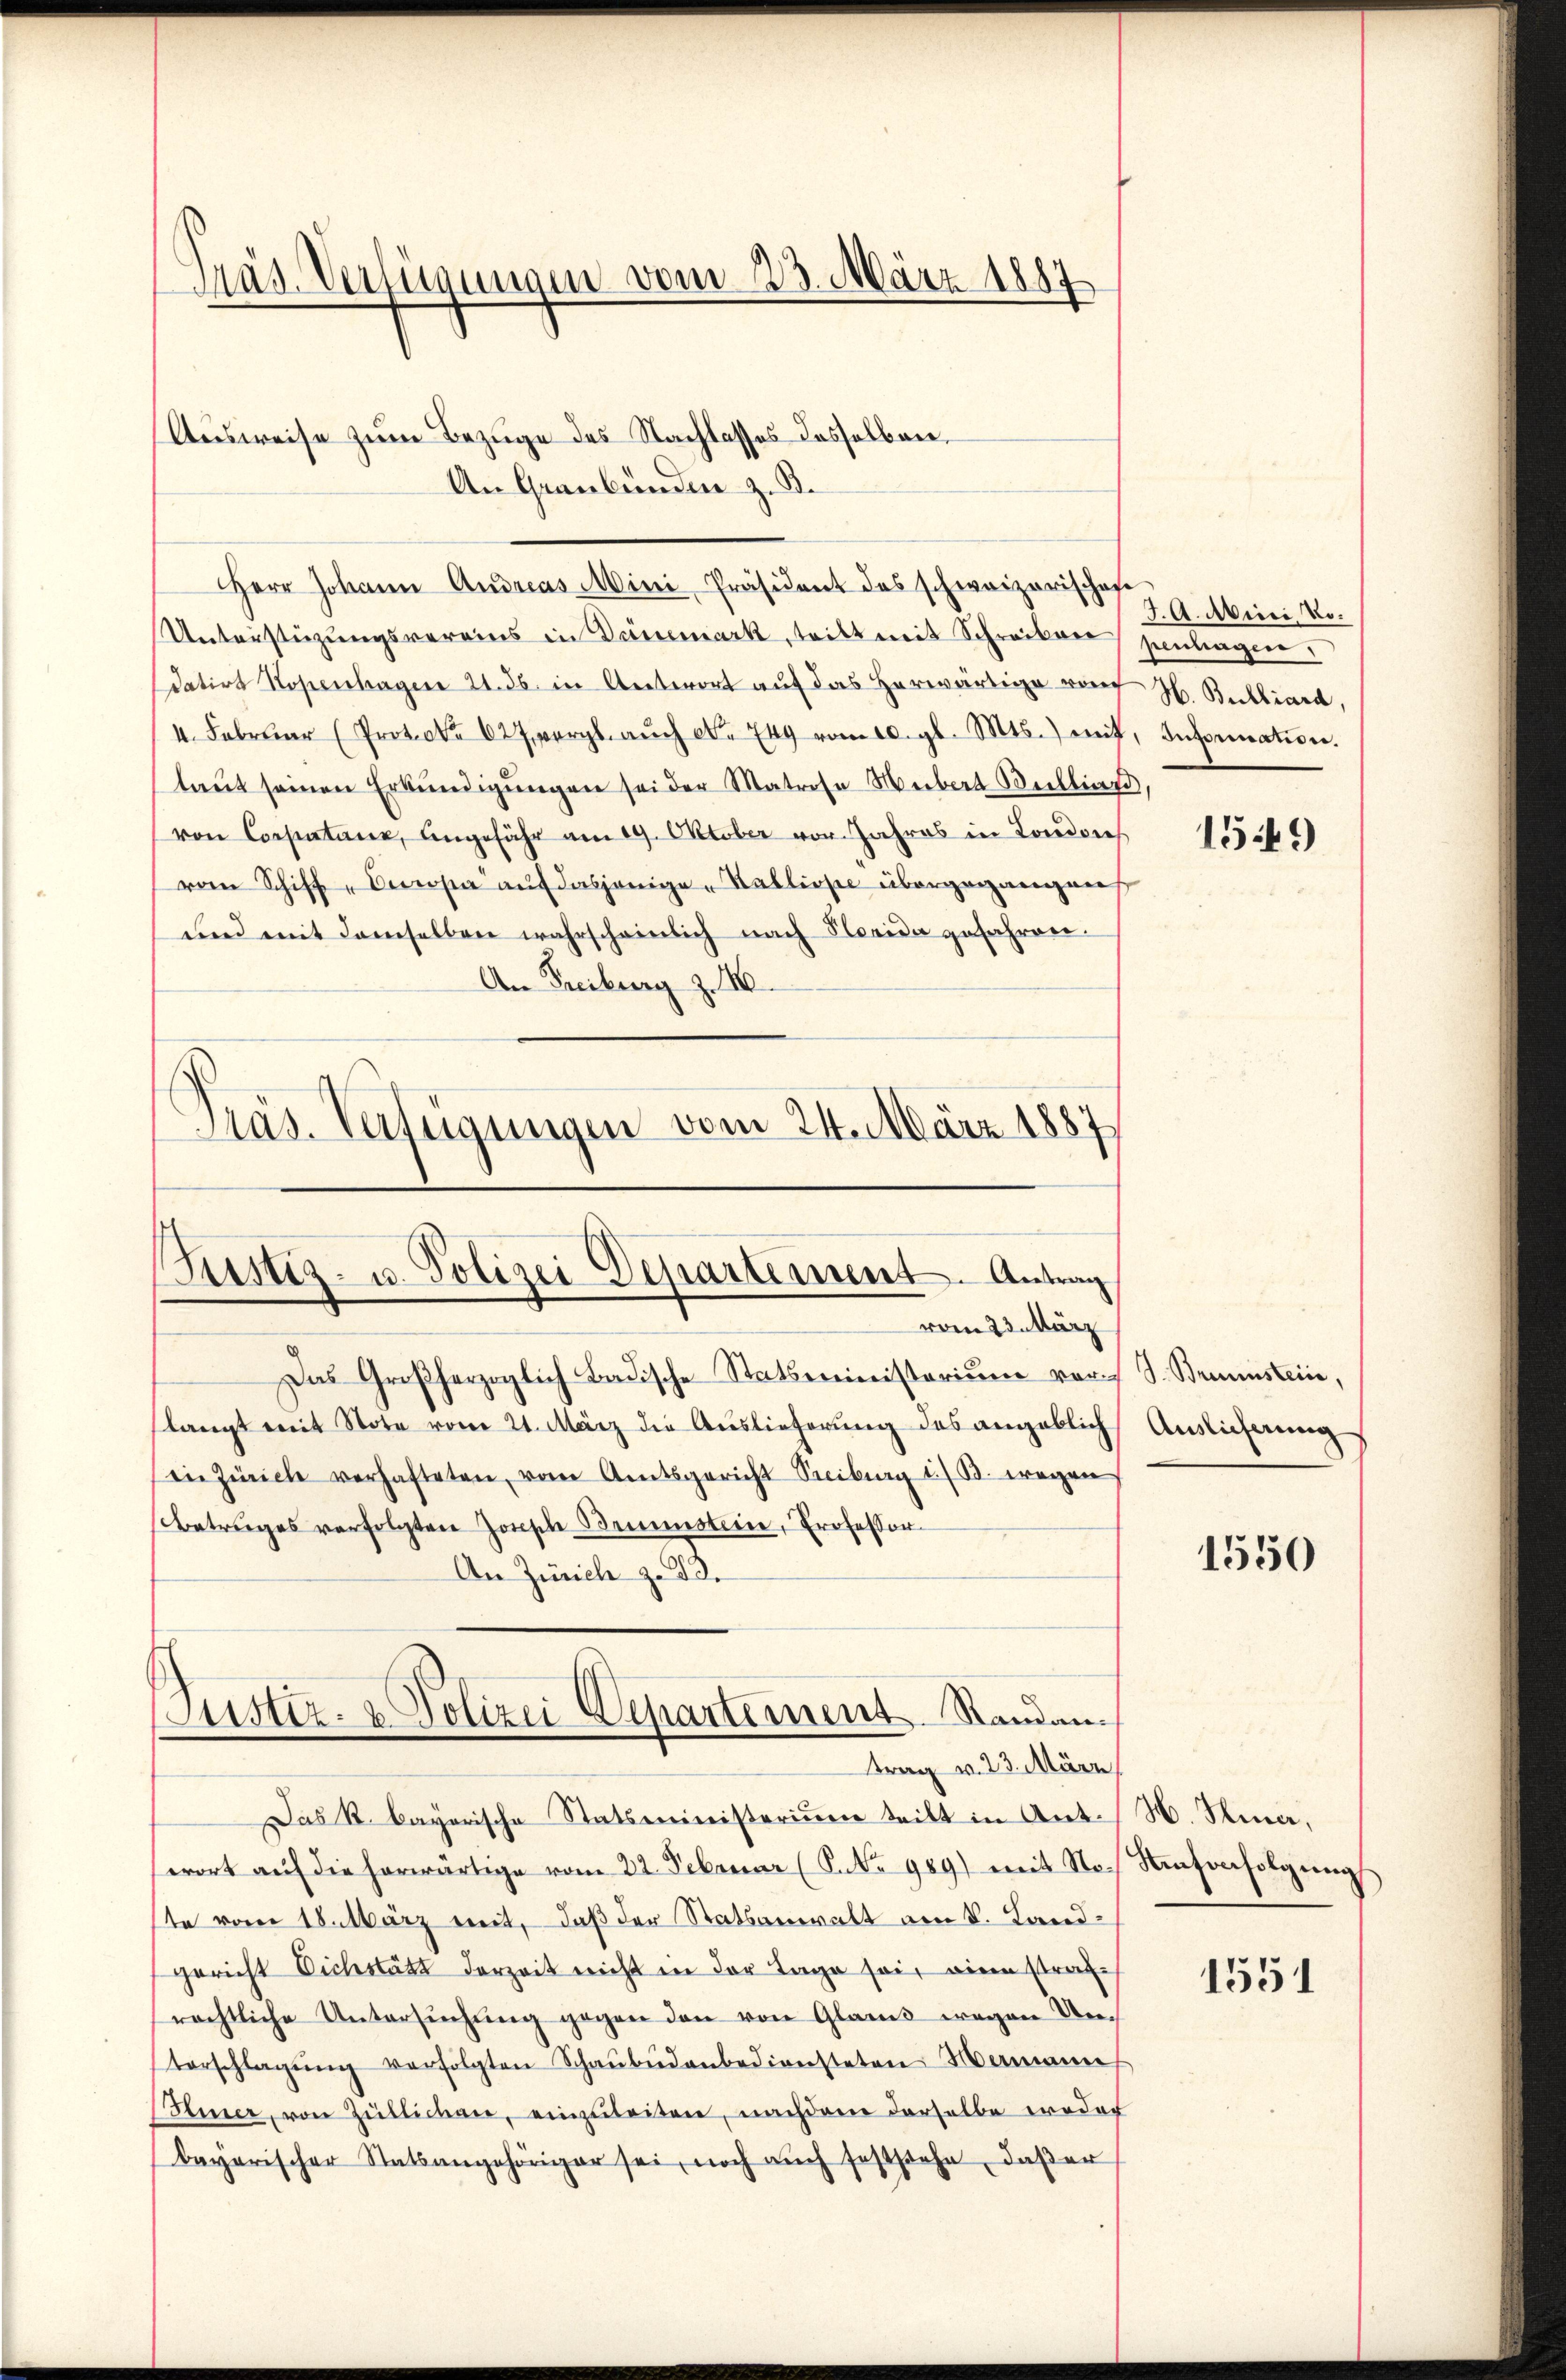
Träs. Verfügungen vom 23. März 1887

Ausweise zum Bezuge des Nachlasses desselben,
An Graubünden z. B.
Herr Johann Andreas Mini Präsident des schweizerischaf
Unterstüzungsvereins in Dänemark tritt mit Schreiber zentragen
datirt Kopenhagen 21. ds. in Antwort aŭf das herwärtige von H. Buchbiard,
4. Febrŭar (Protol. 627, vergl. aŭch No 744 vom 10. gl. Mts. mit, Information.
laut seinen Erkundigungen sei der Matrose Weibert Buchliers,
von Corpatanz, Angefähr am 19. Oktober vor. Jahres in Londones
vom Schiff "Decopia aŭf dasjenige Kallisse übergegangen
und mit demselben wahrscheinlich nach Norida gefahren.
An Freiburg z. 10.
Präs. Verfügungen vom 24. März 1887

Justiz- u. Polizei Departement. Antrag
vom 23. März

Das Großherzoglich Badische Statsministerium vor. S. Braunstein,
slangt mit Note vom 21. März die Auslieferung des angeblich
in Zürich verhafteten, vom Amtsgericht Treiburg i./B. wegen
Betruges verfolgten Zonsche Bemestein, Professor
An Zürich zu d
Butter- & Polizei Departement. Standan¬

trag v. 23. März

Das k. bayerische Statsministerium teilt in Ant. N. Rina,
swort aŭf die herwärtige vom 22. Februar (S. Nr. 989) mit No. Sentenfolgŭng
ste vom 18. März mit, daß der Statsanwalt am k. Landgericht Eichstatt derzeit nicht in der Tage sei, wie strafrechtliche Untersŭchŭng gegen den von Glarus wegen Unterschlagŭng verfolgten Schaŭbŭdenbediensteten Mamanne
Itiner, von Züllichen, einzŭleiten, nachdem derselbe weder
bayerischer Statsangehöriger sei, noch aŭch feststehe, daβ er

J. A. Miri No.

1549

Auslieferung

1550

1551